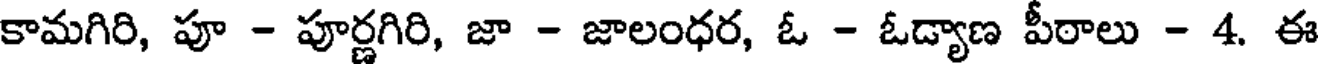
కామగిరి, పూ - పూర్ణగిరి, జా - జాలంధర, ఓ - ఓడ్యాణ పీఠాలు - 4. ఈ